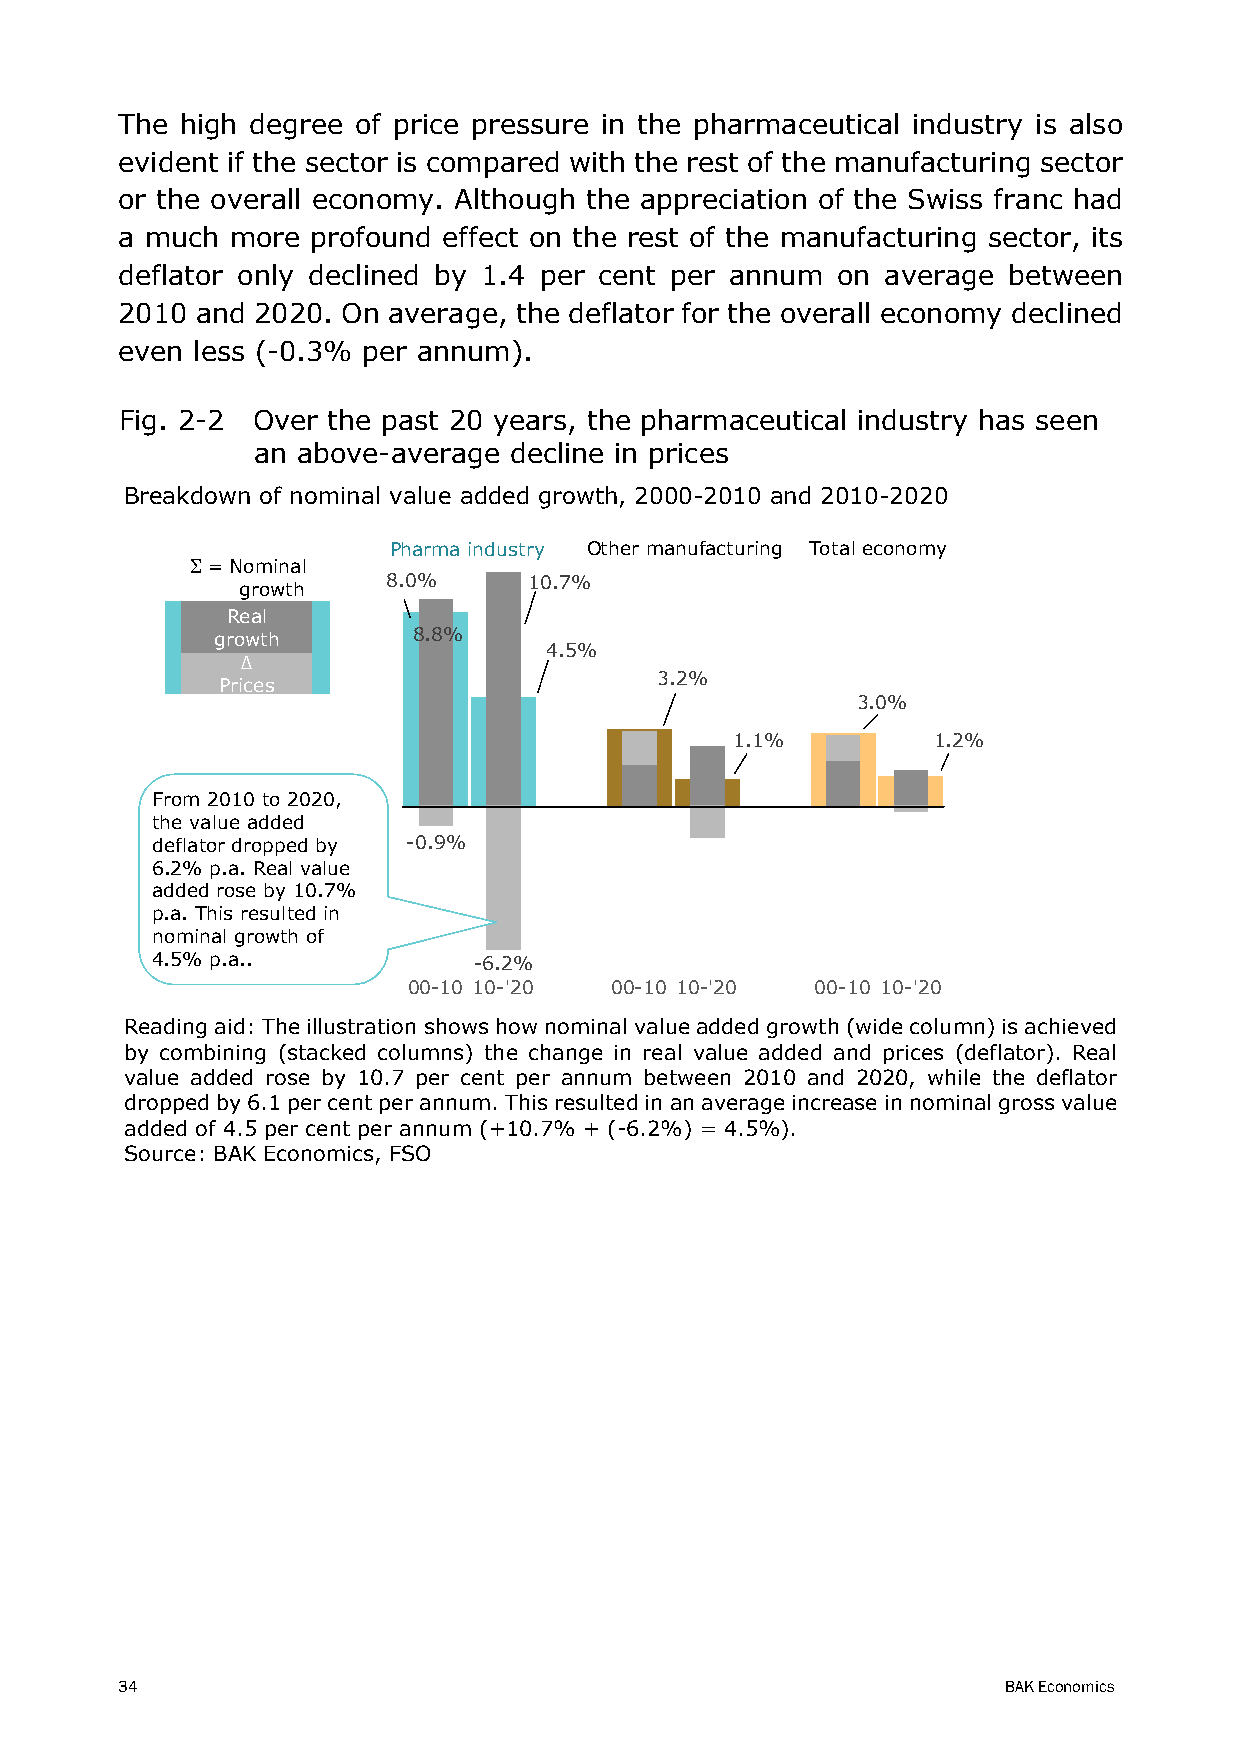
The high degree of price pressure in the pharmaceutical industry is also
 evident if the sector is compared with the rest of the manufacturing sector
 or the overall economy. Although the appreciation of the Swiss franc had
 a much more  profound effect on the rest of the manufacturing sector, its
 deflator only declined by 1.4 per cent per annum on average between
 2010 and 2020. On average, the deflator for the overall economy declined
 even less (-0.3% per annum).
 Fig. 2-2 Over the past 20 years, the pharmaceutical industry has seen
 an above-average decline in prices
 Breakdown of nominal value added growth, 2000-2010 and 2010-2020
 Pharma industry Other manufacturing Total economy
 = Nominal
 8.0%     10.7%
 growth
 Real
 growth       8.8%
 4.5%
 Δ
 3.2%
 Prices
 3.0%
 1.1%         1.2%
 From 2010 to 2020,
 the value added
 deflator dropped by -0.9%
 6.2% p.a. Real value
 added rose by 10.7%
 p.a. This resulted in
 nominal growth of
 4.5% p.a..           -6.2%
 00-10 10-'20 00-10 10-'20  00-10 10-'20
 Reading aid: The illustration shows how nominal value added growth (wide column) is achieved
 by combining (stacked columns) the change in real value added and prices (deflator). Real
 value added rose by 10.7 per cent per annum between 2010 and 2020, while the deflator
 dropped by 6.1 per cent per annum. This resulted in an average increase in nominal gross value
 added of 4.5 per cent per annum (+10.7% + (-6.2%) = 4.5%).
 Source: BAK Economics, FSO
 34                                                        BAK Economics